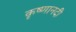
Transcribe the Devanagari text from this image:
कृष्णानदी